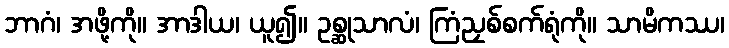
ဘာဂံ၊ အဖို့ကို။ အာဒါယ၊ ယူ၍။ ဥစ္ဆုသာလံ၊ ကြံညှစ်စက်ရုံကို။ သာမိကဿ၊